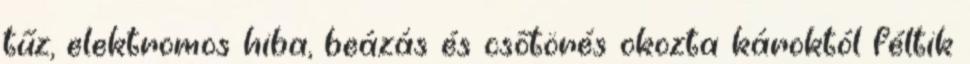
tűz, elektromos hiba, beázás és csőtörés okozta károktól féltik